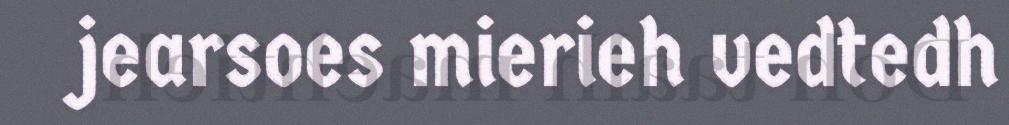
jearsoes mierieh vedtedh